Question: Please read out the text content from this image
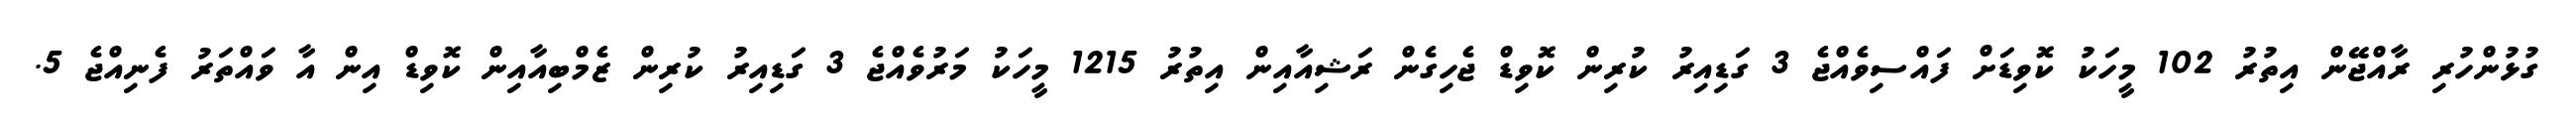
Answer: ގުޅުންހުރި ރާއްޖޭން އިތުރު 102 މީހަކު ކޮވިޑަށް ފައްސިވެއްޖެ 3 ގަޑިއިރު ކުރިން ކޮވިޑް ޖެހިގެން ރަޝިއާއިން އިތުރު 1215 މީހަކު މަރުވެއްޖެ 3 ގަޑިއިރު ކުރިން ޒެމްބިއާއިން ކޮވިޑް އިން އާ ވައްތަރު ފެނިއްޖެ 5.